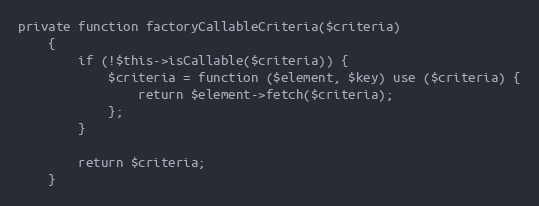
Language: PHP
private function factoryCallableCriteria($criteria)
    {
        if (!$this->isCallable($criteria)) {
            $criteria = function ($element, $key) use ($criteria) {
                return $element->fetch($criteria);
            };
        }

        return $criteria;
    }